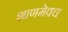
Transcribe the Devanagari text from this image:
शाणमेवच